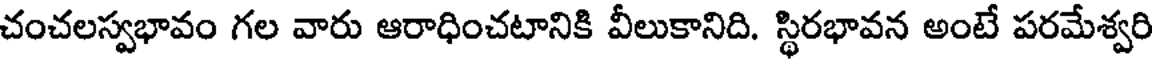
చంచలస్వభావం గల వారు ఆరాధించటానికి వీలుకానిది. స్థిరభావన అంటే పరమేశ్వరి